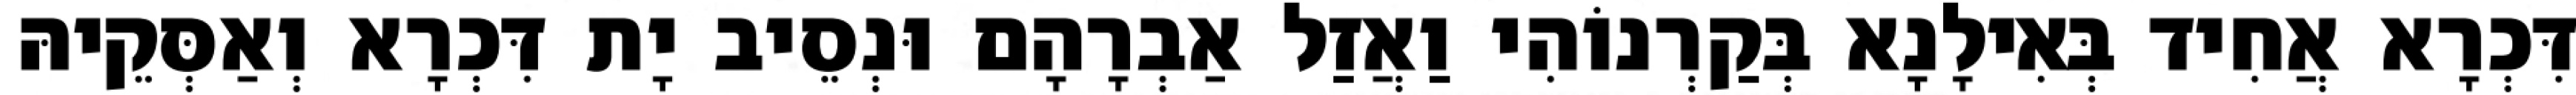
דִּכְרָא אֲחִיד בְּאִילָנָא בְּקַרְנוֹהִי וַאֲזַל אַבְרָהָם וּנְסֵיב יָת דִּכְרָא וְאַסְּקֵיהּ